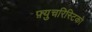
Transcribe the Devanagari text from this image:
फ़्युचरिस्टिको